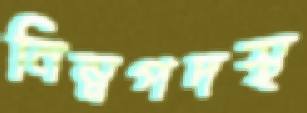
নিম্নপদস্থ